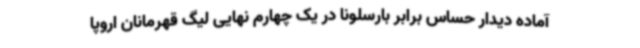
آماده دیدار حساس برابر بارسلونا در یک چهارم نهایی لیگ قهرمانان اروپا